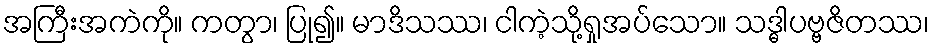
အကြီးအကဲကို။ ကတွာ၊ ပြု၍။ မာဒိသဿ၊ ငါကဲ့သို့ရှုအပ်သော။ သဒ္ဓါပဗ္ဗဇိတဿ၊